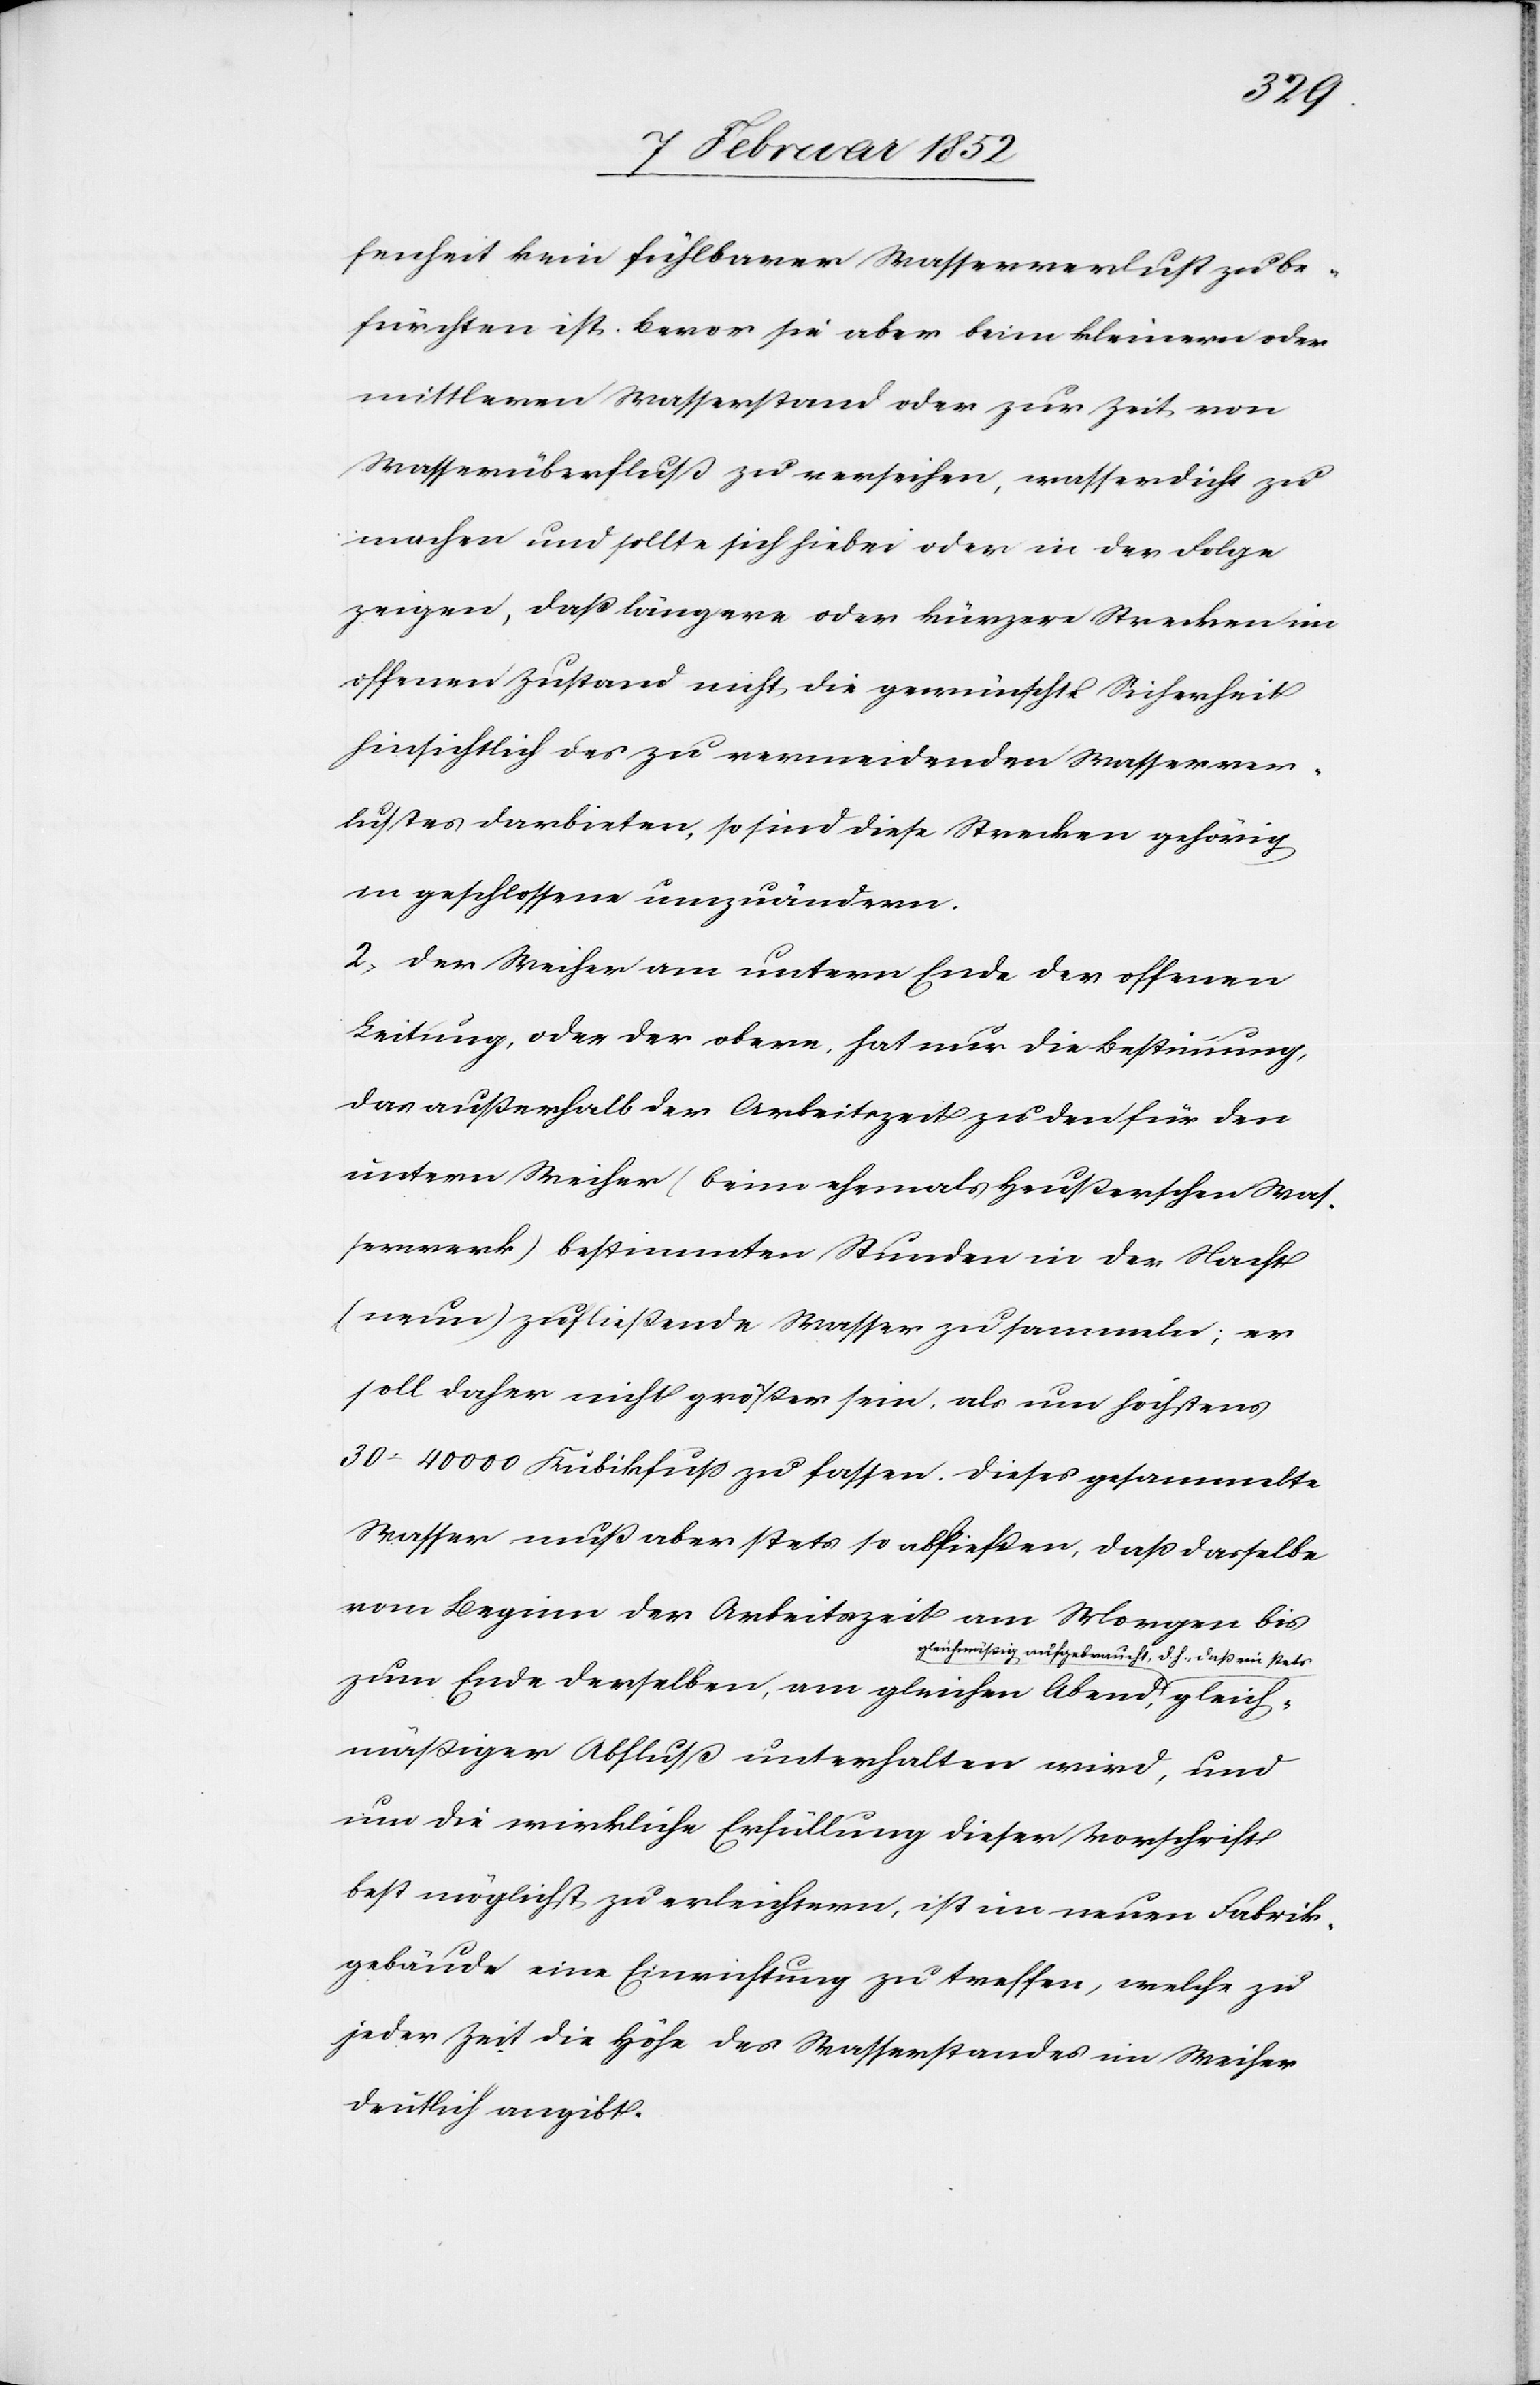
fenheit kein fühlbarer Wasserverlust zu be¬
fürchten ist, bevor sie aber beim kleinern oder
mittlern Wasserstand oder zur Zeit von
Wasserüberfluß zu verseihen, wasserdicht zu
machen und sollte sich hiebei oder in der Folge
zeigen, daß längere oder kürzere Strecken im
offenen Zustand nicht, die gewünschte Sicherheit
hinsichtlich des zu vermeidenden Wasserver¬
lustes darbieten, so sind diese Strecken gehörig
in geschlossene umzuändern.
2) Der Weiher am untern Ende der offenen
Leitung oder der obere, hat nur die Bestimmung,
das außerhalb der Arbeitszeit zu den für den
untern Weiher (beim ehemals Heußerschen Was¬
serwerk) bestimmten Stunden in der Nacht
(neun) zufließende Wasser zu sammeln; er
soll daher nicht größer sein, als um höchstens
30–40 000 Kubikfuß zu fassen. Dieses gesammelte
Wasser muß aber stets so abfließen, daß dasselbe
vom Beginn der Arbeitszeit am Morgen bis
hmäßig aufgebracht, d. h. daß ein stets
zum Ende derselben, am gleichen Abend, gleich¬
mäßiger Abfluß unterhalten wird, und
um die wirkliche Erfüllung dieser Vorschrift
best möglichst zu erleichtern, ist im neuen Fabrik¬
gebäude eine Einrichtung zu treffen, welche zu
jeder Zeit die Höhe des Wasserstandes im Weiher
deutlich angibt.